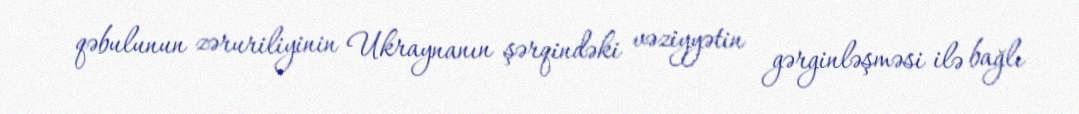
qəbulunun zəruriliyinin Ukraynanın şərqindəki vəziyyətin gərginləşməsi ilə bağlı